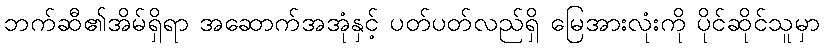
ဘက်ဆီ၏အိမ်ရှိရာ အဆောက်အအုံနှင့် ပတ်ပတ်လည်ရှိ မြေအားလုံးကို ပိုင်ဆိုင်သူမှာ